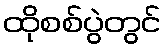
ထိုစစ်ပွဲတွင်